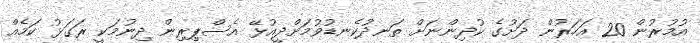
އުމުރުން 20 އަހަރުން ދަށުގެ ކުދިންނަށް ތަނދުކެނޑުވުމަށްދީއުޅޭ އެސްޕިރިން ދިނުމަކީ ރަގަޅު ކަމެއް